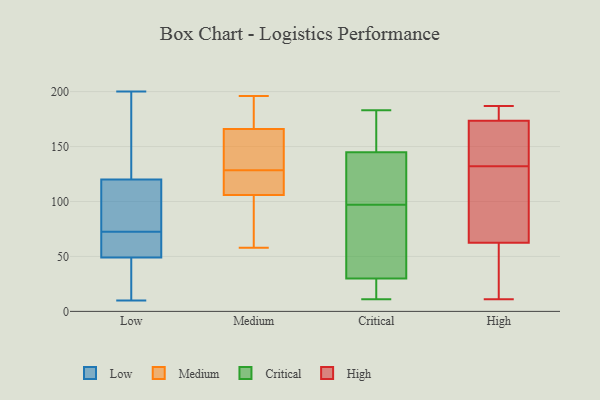
{"axis": {"x": "Demand Index", "y": "Value"}, "legend": ["Critical", "High", "Low", "Medium"], "data": [{"x": "", "y": 79, "type": "Low"}, {"x": "", "y": 21, "type": "Low"}, {"x": "", "y": 69, "type": "Low"}, {"x": "", "y": 81, "type": "Low"}, {"x": "", "y": 120, "type": "Low"}, {"x": "", "y": 10, "type": "Low"}, {"x": "", "y": 38, "type": "Low"}, {"x": "", "y": 145, "type": "Low"}, {"x": "", "y": 55, "type": "Low"}, {"x": "", "y": 73, "type": "Low"}, {"x": "", "y": 200, "type": "Low"}, {"x": "", "y": 126, "type": "Low"}, {"x": "", "y": 49, "type": "Low"}, {"x": "", "y": 72, "type": "Low"}, {"x": "", "y": 111, "type": "Medium"}, {"x": "", "y": 185, "type": "Medium"}, {"x": "", "y": 58, "type": "Medium"}, {"x": "", "y": 131, "type": "Medium"}, {"x": "", "y": 161, "type": "Medium"}, {"x": "", "y": 130, "type": "Medium"}, {"x": "", "y": 171, "type": "Medium"}, {"x": "", "y": 105, "type": "Medium"}, {"x": "", "y": 88, "type": "Medium"}, {"x": "", "y": 117, "type": "Medium"}, {"x": "", "y": 107, "type": "Medium"}, {"x": "", "y": 196, "type": "Medium"}, {"x": "", "y": 171, "type": "Medium"}, {"x": "", "y": 63, "type": "Medium"}, {"x": "", "y": 127, "type": "Medium"}, {"x": "", "y": 156, "type": "Medium"}, {"x": "", "y": 182, "type": "Critical"}, {"x": "", "y": 82, "type": "Critical"}, {"x": "", "y": 13, "type": "Critical"}, {"x": "", "y": 97, "type": "Critical"}, {"x": "", "y": 183, "type": "Critical"}, {"x": "", "y": 151, "type": "Critical"}, {"x": "", "y": 54, "type": "Critical"}, {"x": "", "y": 103, "type": "Critical"}, {"x": "", "y": 22, "type": "Critical"}, {"x": "", "y": 126, "type": "Critical"}, {"x": "", "y": 11, "type": "Critical"}, {"x": "", "y": 132, "type": "High"}, {"x": "", "y": 11, "type": "High"}, {"x": "", "y": 187, "type": "High"}, {"x": "", "y": 56, "type": "High"}, {"x": "", "y": 180, "type": "High"}, {"x": "", "y": 163, "type": "High"}, {"x": "", "y": 177, "type": "High"}, {"x": "", "y": 34, "type": "High"}, {"x": "", "y": 82, "type": "High"}, {"x": "", "y": 135, "type": "High"}, {"x": "", "y": 113, "type": "High"}]}